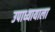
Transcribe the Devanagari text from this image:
उपाध्यायाला